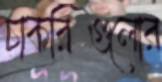
চাকরিগুলোর